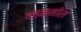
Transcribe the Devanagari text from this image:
नाम्मोरा